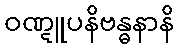
ဝဏ္ဋူပနိဗန္ဓနာနိ